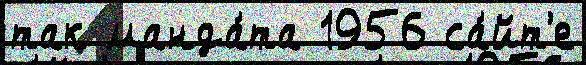
так манда́та 1956 са́йт'е